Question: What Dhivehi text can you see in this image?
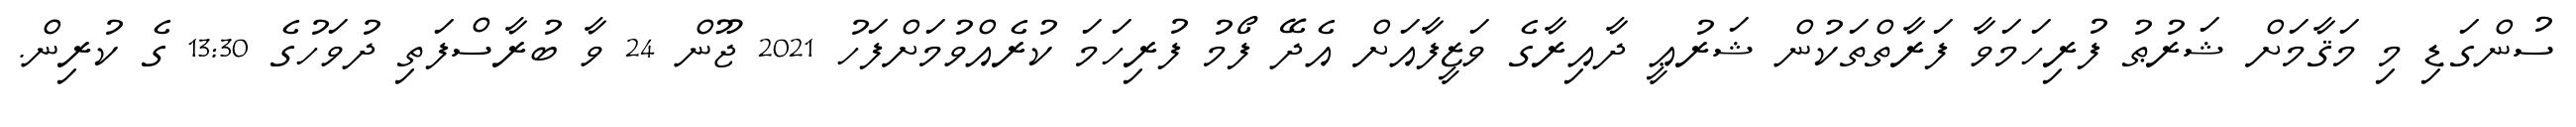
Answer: ސުންގަޑި މި މަޤާމަށް ޝަރުޠު ފުރިހަމަވާ ފަރާތްތަކުން ޝަރުޢީ ދާއިރާގެ ވަޒީފާއަށް އެދޭ ފޯމު ފުރިހަމަ ކުރެއްވުމަށްފަހު 2021 ޖޫން 24 ވާ ބުރާސްފަތި ދުވަހުގެ 13:30 ގެ ކުރިން.